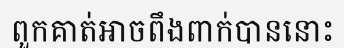
ពួកគាត់អាចពឹងពាក់បាននោះ